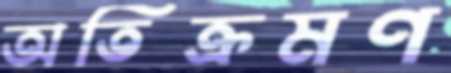
অতিক্রমণ